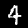
Label: 4